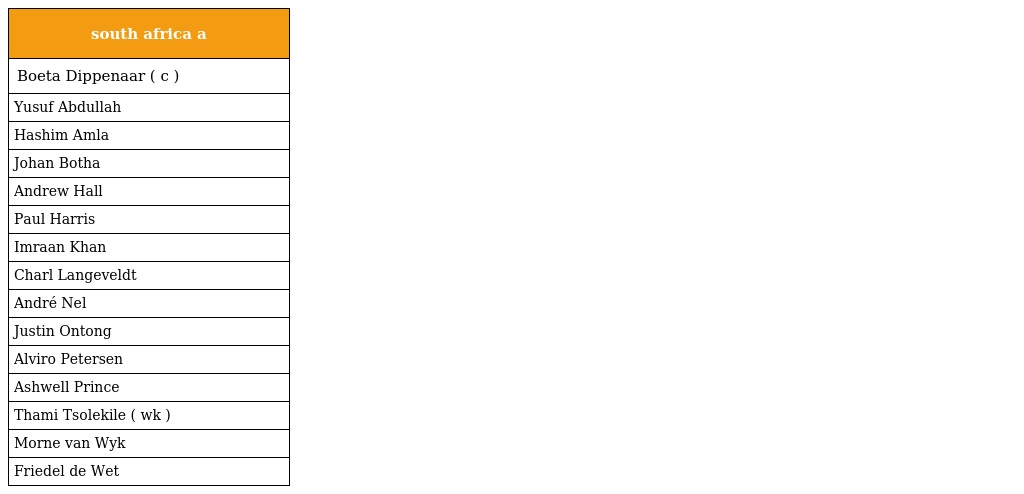
| south africa a |
 | --- |
 | Boeta Dippenaar ( c ) |
 | Yusuf Abdullah |
 | Hashim Amla |
 | Johan Botha |
 | Andrew Hall |
 | Paul Harris |
 | Imraan Khan |
 | Charl Langeveldt |
 | André Nel |
 | Justin Ontong |
 | Alviro Petersen |
 | Ashwell Prince |
 | Thami Tsolekile ( wk ) |
 | Morne van Wyk |
 | Friedel de Wet |